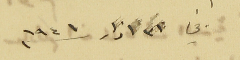
٣١ اذار ١٩٤١